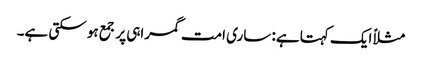
مثلاً ایک کہتا ہے: ساری امت گمراہی پر جمع ہو سکتی ہے۔